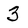
Character: 3